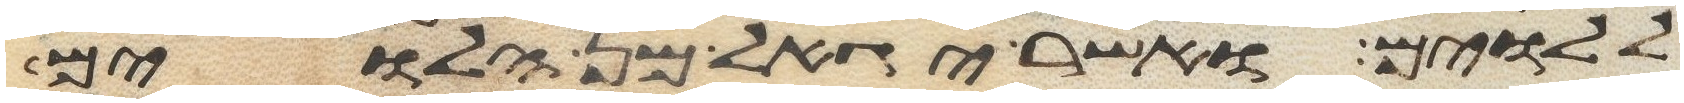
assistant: ללוים ואשר יגאל מן הלוים